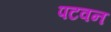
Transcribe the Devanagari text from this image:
पटवन